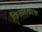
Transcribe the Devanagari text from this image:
विसाव्याला